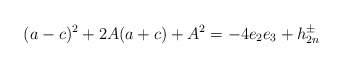
\begin{align*}(a-c)^2 +2A(a+c)+A^2= -4e_2e_3 +h^\pm_{2n}\end{align*}